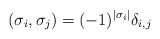
\begin{align*}(\sigma_i, \sigma_j) = (-1)^{|\sigma_i|}\delta_{i,j}\end{align*}